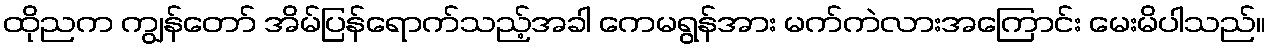
ထိုညက ကျွန်တော် အိမ်ပြန်ရောက်သည့်အခါ ကေမရွန်အား မက်ကဲလားအကြောင်း မေးမိပါသည်။